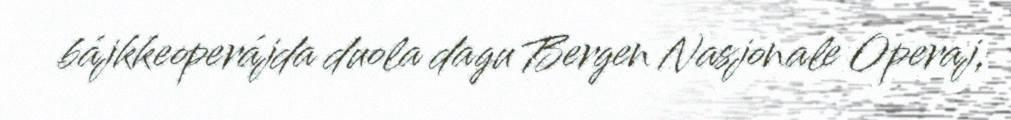
bájkkeoperájda duola dagu Bergen Nasjonale Operaj,